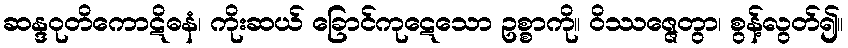
ဆန္ဒဝုတိကောဋိဓနံ၊ ကိုးဆယ် ခြောင်ကုဋေသော ဥစ္စာကို။ ဝိဿဇ္ဇေတွာ၊ စွန့်လွတ်၍။